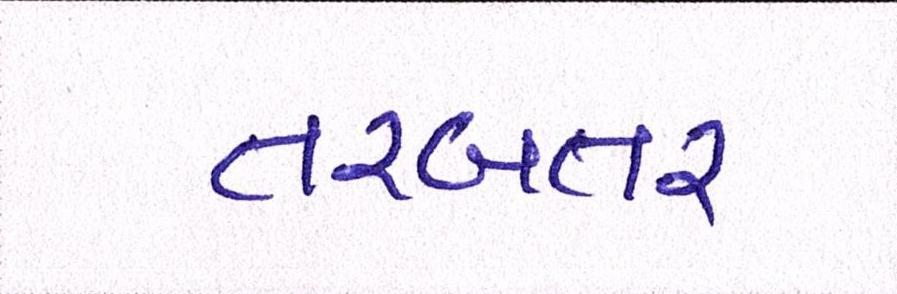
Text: તરબતર